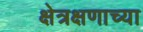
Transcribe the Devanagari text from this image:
क्षेत्रक्षणाच्या